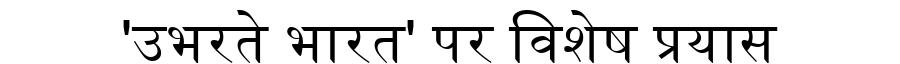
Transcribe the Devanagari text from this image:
'उभरते भारत' पर विशेष प्रयास